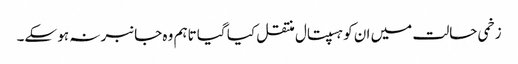
زخمی حالت میں ان کو ہسپتال منتقل کیا گیا تاہم وہ جانبر نہ ہو سکے۔